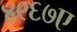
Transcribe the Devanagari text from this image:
४९६७ए